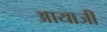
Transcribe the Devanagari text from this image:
आयाजी